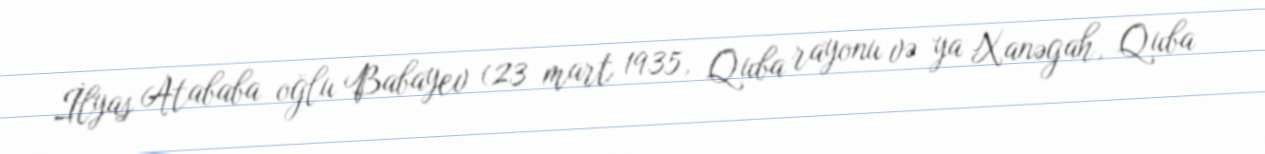
İlyas Atababa oğlu Babayev (23 mart 1935, Quba rayonu və ya Xanəgah, Quba